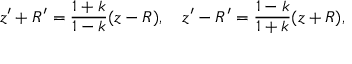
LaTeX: z ^ { \prime } + R ^ { \prime } = { \frac { 1 + k } { 1 - k } } ( z - R ) , \quad z ^ { \prime } - R ^ { \prime } = { \frac { 1 - k } { 1 + k } } ( z + R ) ,